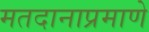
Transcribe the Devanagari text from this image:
मतदानाप्रमाणे